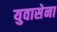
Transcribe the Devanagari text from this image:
युवासेना